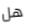
هل